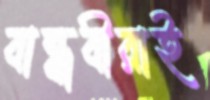
বান্ধবীরাই